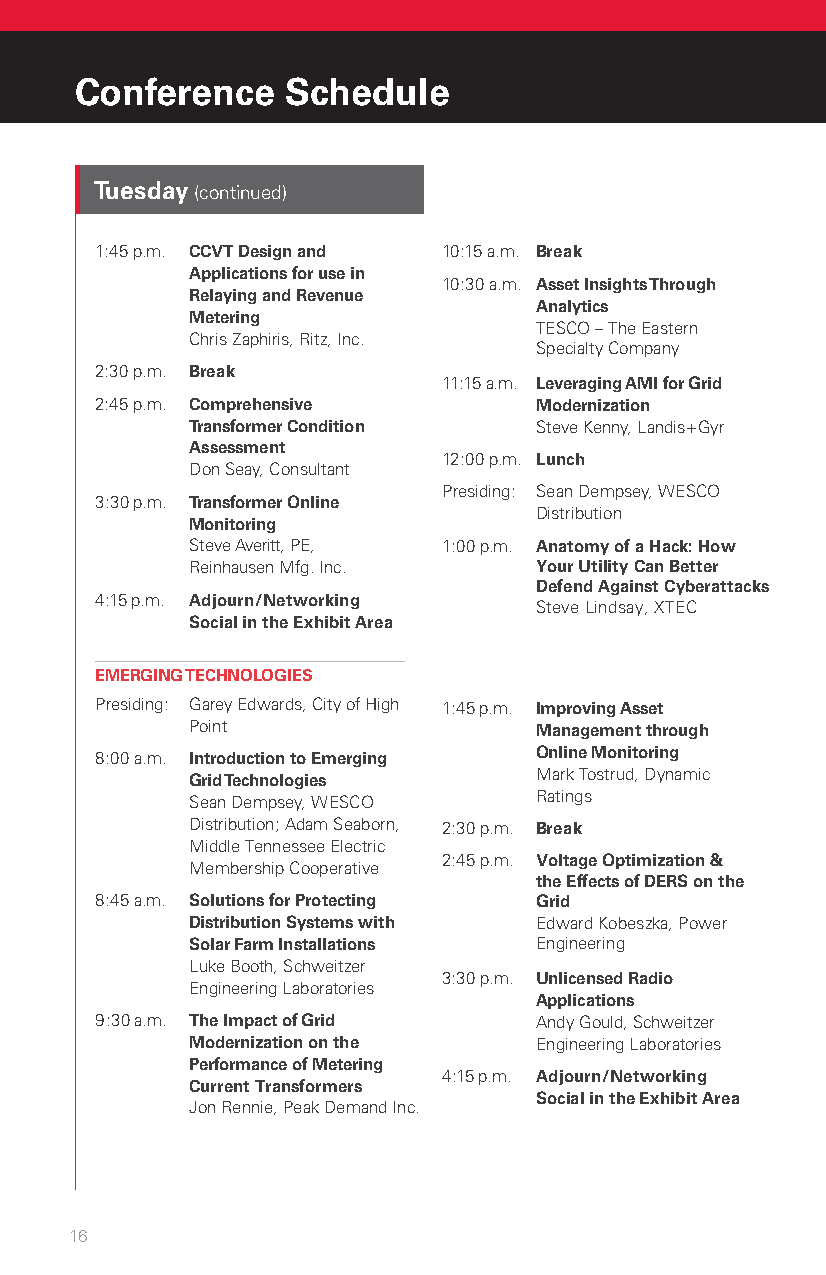
Conference    Schedule
 TTuueessddaayy ((ccoonnttiinnuueedd))
 1:45 p.m. CCVT Design and 10:15 a.m. Break
 Applications for use in
 10:30 a.m. Asset Insights Through
 Relaying and Revenue
 Analytics
 Metering
 TESCO – The Eastern
 Chris Zaphiris, Ritz, Inc.
 Specialty Company
 2:30 p.m. Break
 11:15 a.m. Leveraging AMI for Grid
 2:45 p.m. Comprehensive      Modernization
 Transformer Condition Steve Kenny, Landis+Gyr
 Assessment
 12:00 p.m. Lunch
 Don Seay, Consultant
 Presiding: Sean Dempsey, WESCO
 3:30 p.m. Transformer Online
 Distribution
 Monitoring
 Steve Averitt, PE, 1:00 p.m. Anatomy of a Hack: How
 Reinhausen Mfg. Inc.  Your Utility Can Better
 Defend Against Cyberattacks
 4:15 p.m. A djourn/Networking
 Steve Lindsay, XTEC
 Social in the Exhibit Area
 EMERGING TECHNOLOGIES
 Presiding: G arey Edwards, City of High 1:45 p.m. I mproving Asset
 Point                 Management through
 Online Monitoring
 8:00 a.m. I ntroduction to Emerging
 Mark Tostrud, Dynamic
 Grid Technologies
 Ratings
 Sean Dempsey, WESCO
 Distribution; Adam Seaborn, 2:30 p.m. Break
 Middle Tennessee Electric
 2:45 p.m. Voltage Optimization &
 Membership Cooperative
 the Effects of DERS on the
 8:45 a.m. S olutions for Protecting Grid
 Distribution Systems with Edward Kobeszka, Power
 Solar Farm Installations Engineering
 Luke Booth, Schweitzer
 3:30 p.m. U nlicensed Radio
 Engineering Laboratories
 Applications
 9:30 a.m. The Impact of Grid Andy Gould, Schweitzer
 Modernization on the  Engineering Laboratories
 Performance of Metering
 4:15 p.m. Adjourn/Networking
 Current Transformers
 Social in the Exhibit Area
 Jon Rennie, Peak Demand Inc.
 16